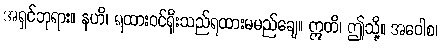
အရှင်ဘုရား။ နဟိ၊ ရထားဝင်ရိုးသည်ရထားမမည်ချေ။ ဣတိ၊ ဤသို့။ အဝေါစ၊